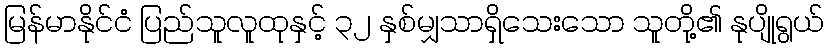
မြန်မာနိုင်ငံ ပြည်သူလူထုနှင့် ၃၂ နှစ်မျှသာရှိသေးသော သူတို့၏ နုပျိုရွယ်